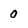
Character: 0